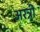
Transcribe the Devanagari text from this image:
अरत्री